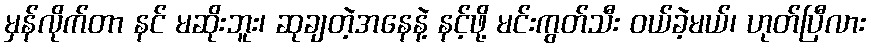
မှန်လိုက်တာ နင် မဆိုးဘူး၊ ဆုချတဲ့အနေနဲ့ နင့်ဖို့ မင်းကွတ်သီး ဝယ်ခဲ့မယ်၊ ဟုတ်ပြီလား